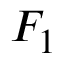
{ \cal F } _ { 1 }